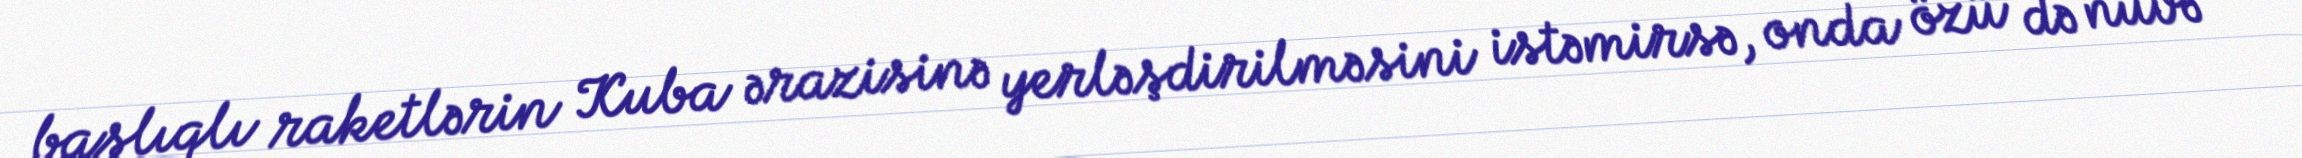
başlıqlı raketlərin Kuba ərazisinə yerləşdirilməsini istəmirsə, onda özü də nüvə